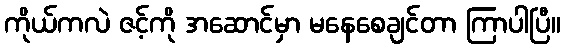
ကိုယ်ကလဲ ဇင့်ကို အဆောင်မှာ မနေစေချင်တာ ကြာပါပြီ။